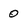
Character: 0